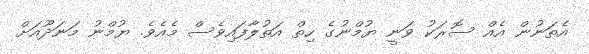
އެތަނުން އެއް ސޮރަކު ވަނީ ޔުމްނުގެ ހިތް އަތުލާފައިވެސް މެއެވެ. ޔުމްނު މަނަދޫއަށް